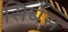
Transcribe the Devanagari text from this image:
सिबेस